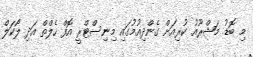
މި ބޮޑު މަޝްރޫއު ކުރިއަށް ގެންދިއުމުގައި މިނިސްޓްރީ އޮފް ހެލްތް އަދި ލޯކަލް